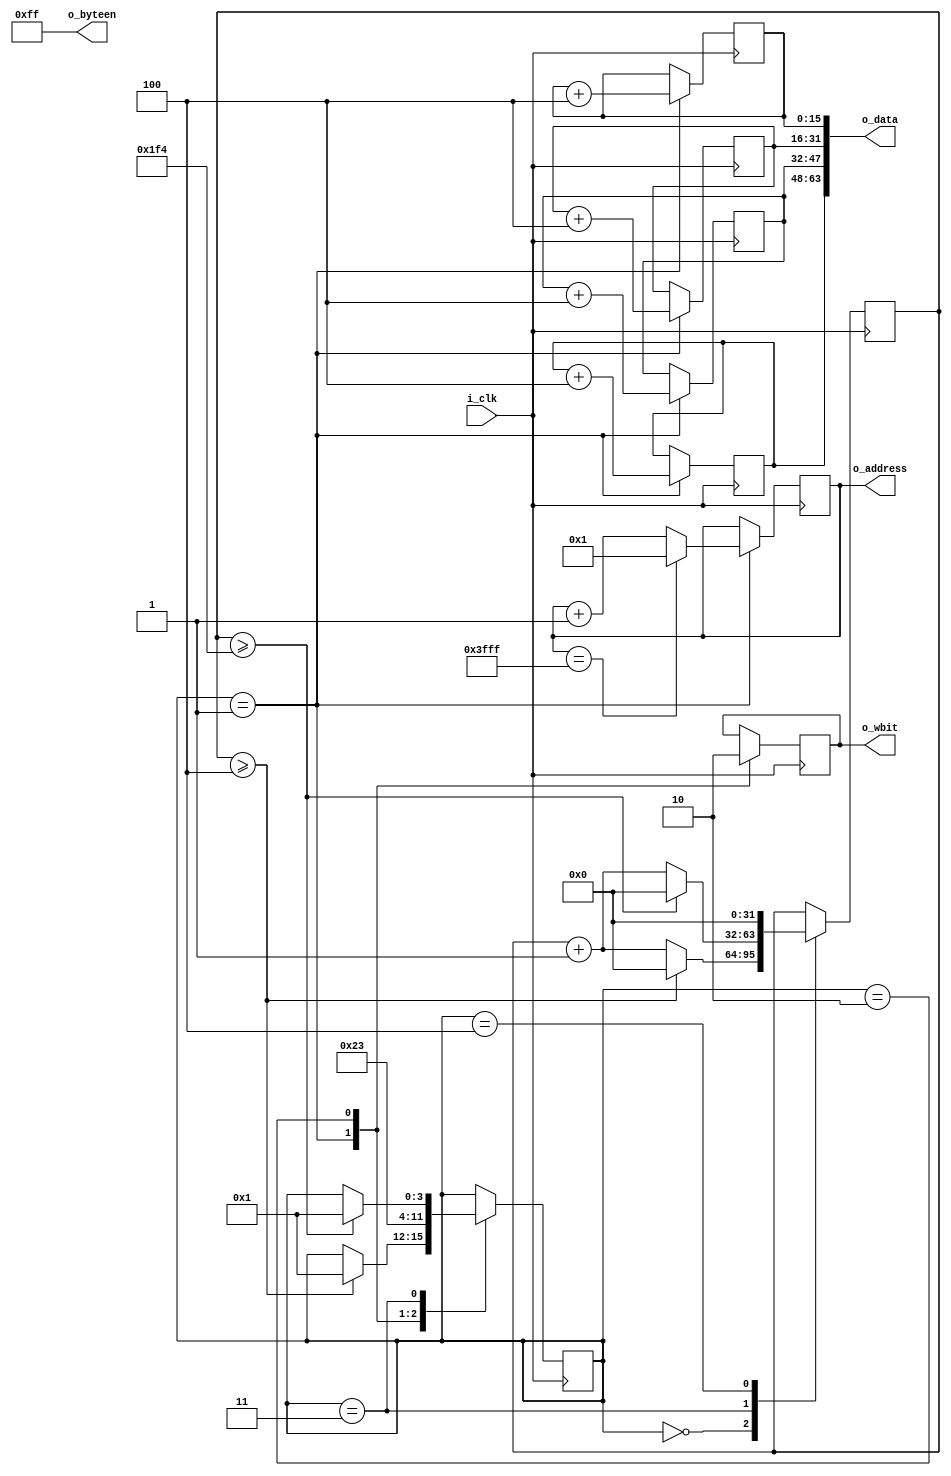
/*
module ramwriter(
  input i_clk,
  output reg[63:0] o_data,
  output[13:0] o_address,
  output reg[7:0] o_byteen = 8'hFF,
  output o_wbit
);

reg[15:0] r_data_word1 = 0;
reg[15:0] r_data_word2 = 1;
reg[15:0] r_data_word3 = 2;
reg[15:0] r_data_word4 = 3;

reg[13:0] r_address = 1;
reg[13:0] r_address_shifted = 1;

reg[13:0] r_next_address = 2;


reg[7:0] r_byteen = 8'hFF;
reg r_wbit = 0;

reg[31:0] clk_ctr = 0;


parameter INIT_STATE = 3'b000;
parameter START_WRITE = 3'b001;
parameter END_WRITE = 3'b010;
parameter WAIT_STATE = 3'b011;
parameter STOP_ALL = 3'b100;

reg[3:0] current_state = INIT_STATE;

always @ (posedge i_clk)
begin

  case(current_state)
    
	 INIT_STATE:
	 begin
		if(clk_ctr >= 4)
		begin
		  clk_ctr <= 0;
		  current_state <= START_WRITE;
		end
		else
		  clk_ctr <= clk_ctr + 1;
	 end
	 
	 START_WRITE:
	 begin
	   r_wbit <= 1;
      //r_address <= r_address + 1; 
		
	   r_data_word1 <= r_data_word1 + 4;
	   r_data_word2 <= r_data_word2 + 4;
	   r_data_word3 <= r_data_word3 + 4;
	   r_data_word4 <= r_data_word4 + 4;
		
		current_state <= END_WRITE;
		
		
		r_address <= r_next_address;
      o_data <= {2'b0, r_next_address,2'b0,  r_next_address,2'b0,  r_next_address,2'b0,  r_next_address};
		r_next_address <= r_next_address + 1;
		o_byteen <= 8'hFF;

	 end
	 
	 END_WRITE:
	 begin
	 	r_wbit <= 0;
		//if(r_address[13] == 1)
		//  current_state <= STOP_ALL;
		//else
		current_state <= WAIT_STATE;
		o_data <= 0;
		r_address <= 0;
		o_byteen <= 8'h00;
		
	 end
	 
	 WAIT_STATE:
	 begin
	   if(clk_ctr >= 499998) //Start with 100samples/sec for testing
		begin
		  current_state <= START_WRITE;
		  clk_ctr <= 0;
		end
		else
		  clk_ctr <= clk_ctr + 1;
	 end
	 
	 
	 STOP_ALL:
	 begin
	   clk_ctr <= 0;
	 end
	 
  endcase
end

assign o_address = r_next_address;
assign o_wbit = r_wbit;

endmodule
*/

module ramwriter(
  input i_clk,
  output[63:0] o_data,
  output[13:0] o_address,
  output[7:0] o_byteen,
  output o_wbit
);

reg[15:0] r_data_word1 = 0;
reg[15:0] r_data_word2 = 1;
reg[15:0] r_data_word3 = 2;
reg[15:0] r_data_word4 = 3;

reg[13:0] r_address = 1;

reg[7:0] r_byteen = 8'hFF;
reg r_wbit = 0;

reg[31:0] clk_ctr = 0;


parameter INIT_STATE = 3'b000;
parameter START_WRITE = 3'b001;
parameter END_WRITE = 3'b010;
parameter WAIT_STATE = 3'b011;
parameter STOP_ALL = 3'b100;

reg[3:0] current_state = INIT_STATE;

always @ (posedge i_clk)
begin

  case(current_state)
    
	 INIT_STATE:
	 begin
		if(clk_ctr >= 4)
		begin
		  clk_ctr <= 0;
		  current_state <= START_WRITE;
		end
		else
		  clk_ctr <= clk_ctr + 1;
	 end
	 
	 START_WRITE:
	 begin
	   r_wbit <= 1;
      //r_address <= r_address + 1; 
		
	   r_data_word1 <= r_data_word1 + 4;
	   r_data_word2 <= r_data_word2 + 4;
	   r_data_word3 <= r_data_word3 + 4;
	   r_data_word4 <= r_data_word4 + 4;
		
		current_state <= END_WRITE;
		
		if (r_address == 14'h3FFF)
		  r_address <= 1;
		else
		  r_address <= r_address + 1;
		
	 end
	 
	 END_WRITE:
	 begin
	 	r_wbit <= 0;
		//if(r_address[13] == 1)
		//  current_state <= STOP_ALL;
		//else
		current_state <= WAIT_STATE;
		  
		  
	 end
	 
	 WAIT_STATE:
	 begin
	   if(clk_ctr >= 500) //Start with 100samples/sec for testing
		begin
		  current_state <= START_WRITE;
		  clk_ctr <= 0;
		end
		else
		  clk_ctr <= clk_ctr + 1;
	 end
	 
	 
	 STOP_ALL:
	 begin
	   clk_ctr <= 0;
	 end
	 
  endcase
end


assign o_data = {r_data_word4, r_data_word3, r_data_word2, r_data_word1};

assign o_address = r_address;
assign o_byteen = r_byteen;
assign o_wbit = r_wbit;

endmodule